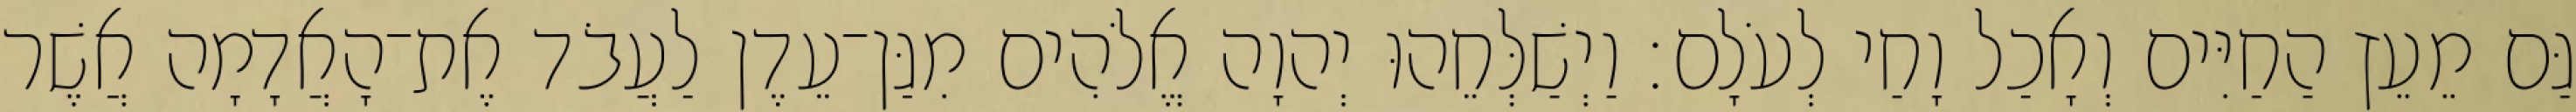
גַּם מֵעֵץ הַחַיִּים וְאָכַל וָחַי לְעֹלָם׃ וַיְשַׁלְּחֵהוּ יְהוָה אֱלֹהִים מִגַּן־עֵדֶן לַעֲבֹד אֶת־הָאֲדָמָה אֲשֶׁר